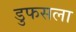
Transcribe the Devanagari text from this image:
डुफसला